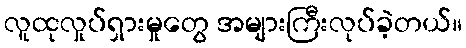
လူထုလှုပ်ရှားမှုတွေ အများကြီးလုပ်ခဲ့တယ်။